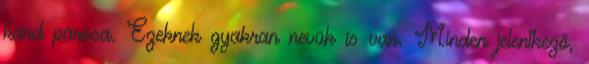
kard párosa. Ezeknek gyakran nevük is van. Minden jelentkező,